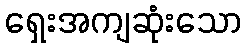
ရှေးအကျဆုံးသော